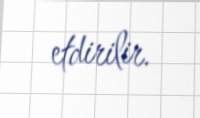
etdirilir.